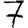
Digit: 7